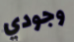
وجودي